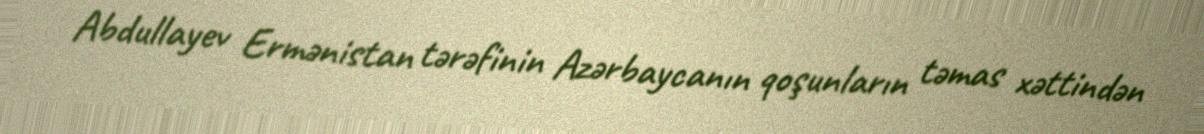
Abdullayev Ermənistan tərəfinin Azərbaycanın qoşunların təmas xəttindən